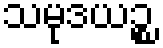
သမုဒယဉ္စ